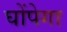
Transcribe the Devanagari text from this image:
घोंपेगा